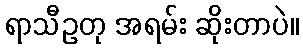
ရာသီဥတု အရမ်း ဆိုးတာပဲ။